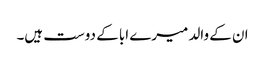
ان کے والد میرے ابا کے دوست ہیں۔